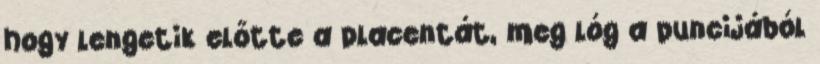
hogy lengetik előtte a placentát, meg lóg a puncijából